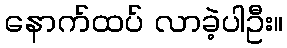
နောက်ထပ် လာခဲ့ပါဦး။